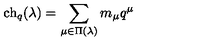
\mathrm { c h } _ { q } ( \lambda ) = \sum _ { \mu \in \Pi ( \lambda ) } m _ { \mu } q ^ { \mu }